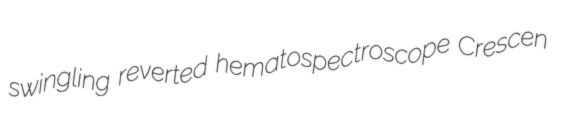
swingling reverted hematospectroscope Crescen